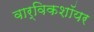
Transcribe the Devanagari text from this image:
वार्विकशॉयर